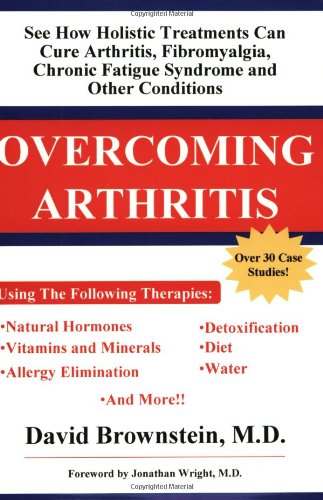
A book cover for Overcoming Arthritis; David Brownstein; Health, Fitness & Dieting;